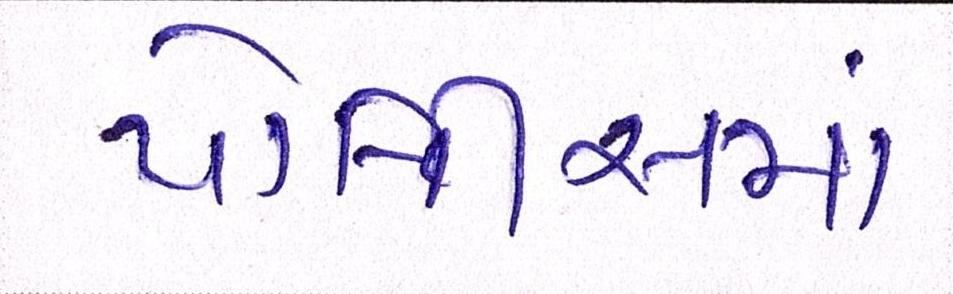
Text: પોલીસમાં